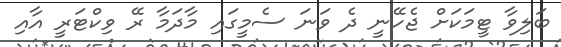
ބަލިވާ ޓީމަކަށް ޖެހޭނީ ދެ ވަނަ ސެމީގައި މާދަމާ ރޭ ވިކްޓަރީ އާއި